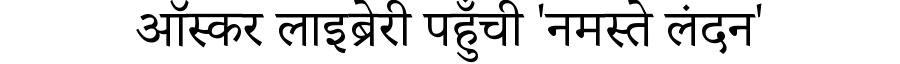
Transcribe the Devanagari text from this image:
ऑस्कर लाइब्रेरी पहुँची 'नमस्ते लंदन'